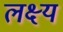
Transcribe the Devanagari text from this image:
लक्ष्यं